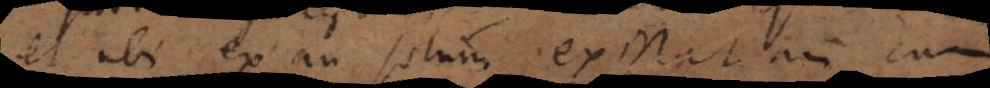
et ubi [et] an solum existat an cum